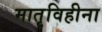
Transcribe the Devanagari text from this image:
मातृविहीना